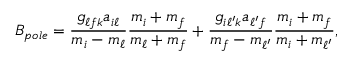
B _ { p o l e } = { \frac { g _ { \ell f k } a _ { i \ell } } { m _ { i } - m _ { \ell } } } { \frac { m _ { i } + m _ { f } } { m _ { \ell } + m _ { f } } } + { \frac { g _ { i \ell ^ { \prime } k } a _ { \ell ^ { \prime } f } } { m _ { f } - m _ { \ell ^ { \prime } } } } { \frac { m _ { i } + m _ { f } } { m _ { i } + m _ { \ell ^ { \prime } } } } ,